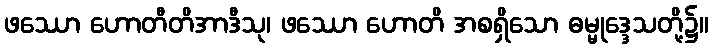
ဖဿော ဟောတီတိအာဒီသု၊ ဖဿော ဟောတိ အစရှိသော ဓမ္မုဒ္ဒေသတို့၌။